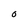
Character: O